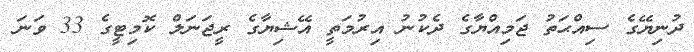
ދުނިޔޭގެ ސިއްޙަތު ޖަމިއްޔާގެ ދެކުނު އިރުމަތީ އޭޝިޔާގެ ރީޖަނަލް ކޮމިޓީގެ 33 ވަނަ